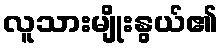
လူသားမျိုးနွယ်၏